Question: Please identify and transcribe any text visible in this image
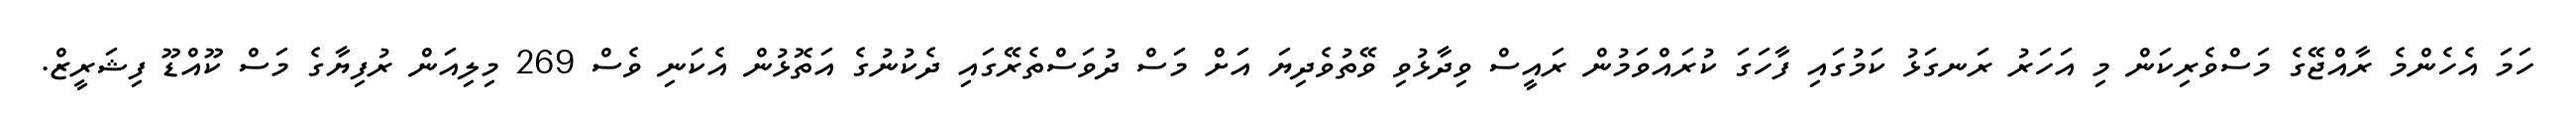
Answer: ހަމަ އެހެންމެ ރާއްޖޭގެ މަސްވެރިކަން މި އަހަރު ރަނގަޅު ކަމުގައި ފާހަގަ ކުރައްވަމުން ރައީސް ވިދާޅުވި ވޭތުވެދިޔަ އަށް މަސް ދުވަސްތެރޭގައި ދެކުނުގެ އަތޮޅުން އެކަނި ވެސް 269 މިލިއަން ރުފިޔާގެ މަސް ކޫއްޑޫ ފިޝަރީޒް.